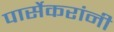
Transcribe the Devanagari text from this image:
पार्सेकरांनी